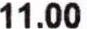
11.00